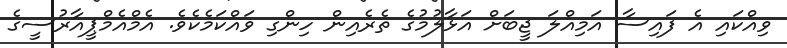
ވިއްކައި އެ ފައިސާ އަމިއްލަ ޖީބަށް އަޅާލުމުގެ ތެރެއިން ހިންގި ވައްކަމެކެވެ. އެމްއެމްޕީއާރުސީގެ